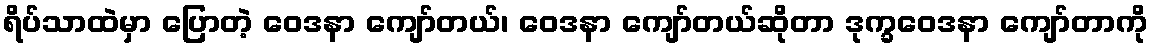
ရိပ်သာထဲမှာ ပြောတဲ့ ဝေဒနာ ကျော်တယ်၊ ဝေဒနာ ကျော်တယ်ဆိုတာ ဒုက္ခဝေဒနာ ကျော်တာကို